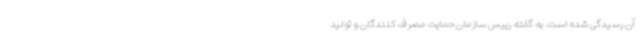
آن رسیدگی شده است. به گفته رییس سازمان حمایت مصرف کنندگان و تولید